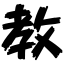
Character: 教